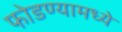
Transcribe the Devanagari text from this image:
फोडण्यामध्ये